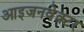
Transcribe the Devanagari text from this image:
आइजनवेक्टर